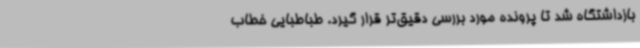
بازداشتگاه شد تا پرونده مورد بررسی دقیق‌تر قرار گیرد. طباطبایی خطاب